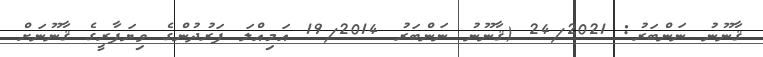
ޤާނޫނު ނަންބަރު: 24/2021 (ޤާނޫނު ނަންބަރު 19/2014 އަމިއްލަ ފަރުދުންގެ ވިޔަފާރީގެ ޤާނޫނަށް